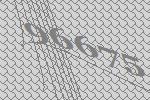
96675